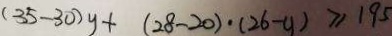
( 3 5 - 3 0 ) y + ( 2 8 - 2 0 ) \cdot ( 2 6 - y ) \geq 1 9 5